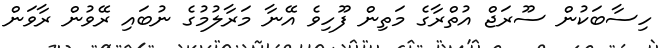
ހިސާބަކުން ސޫރަޖް އުތްރާގެ މަތިން ފޫހިވެ އޭނާ މަރާލުމުގެ ނުބައި ރޭވުން ރާވަން